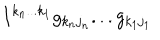
I ^ { k _ { n } . . . k _ { 1 } } g _ { k _ { n } j _ { n } } . . . g _ { k _ { 1 } j _ { 1 } }